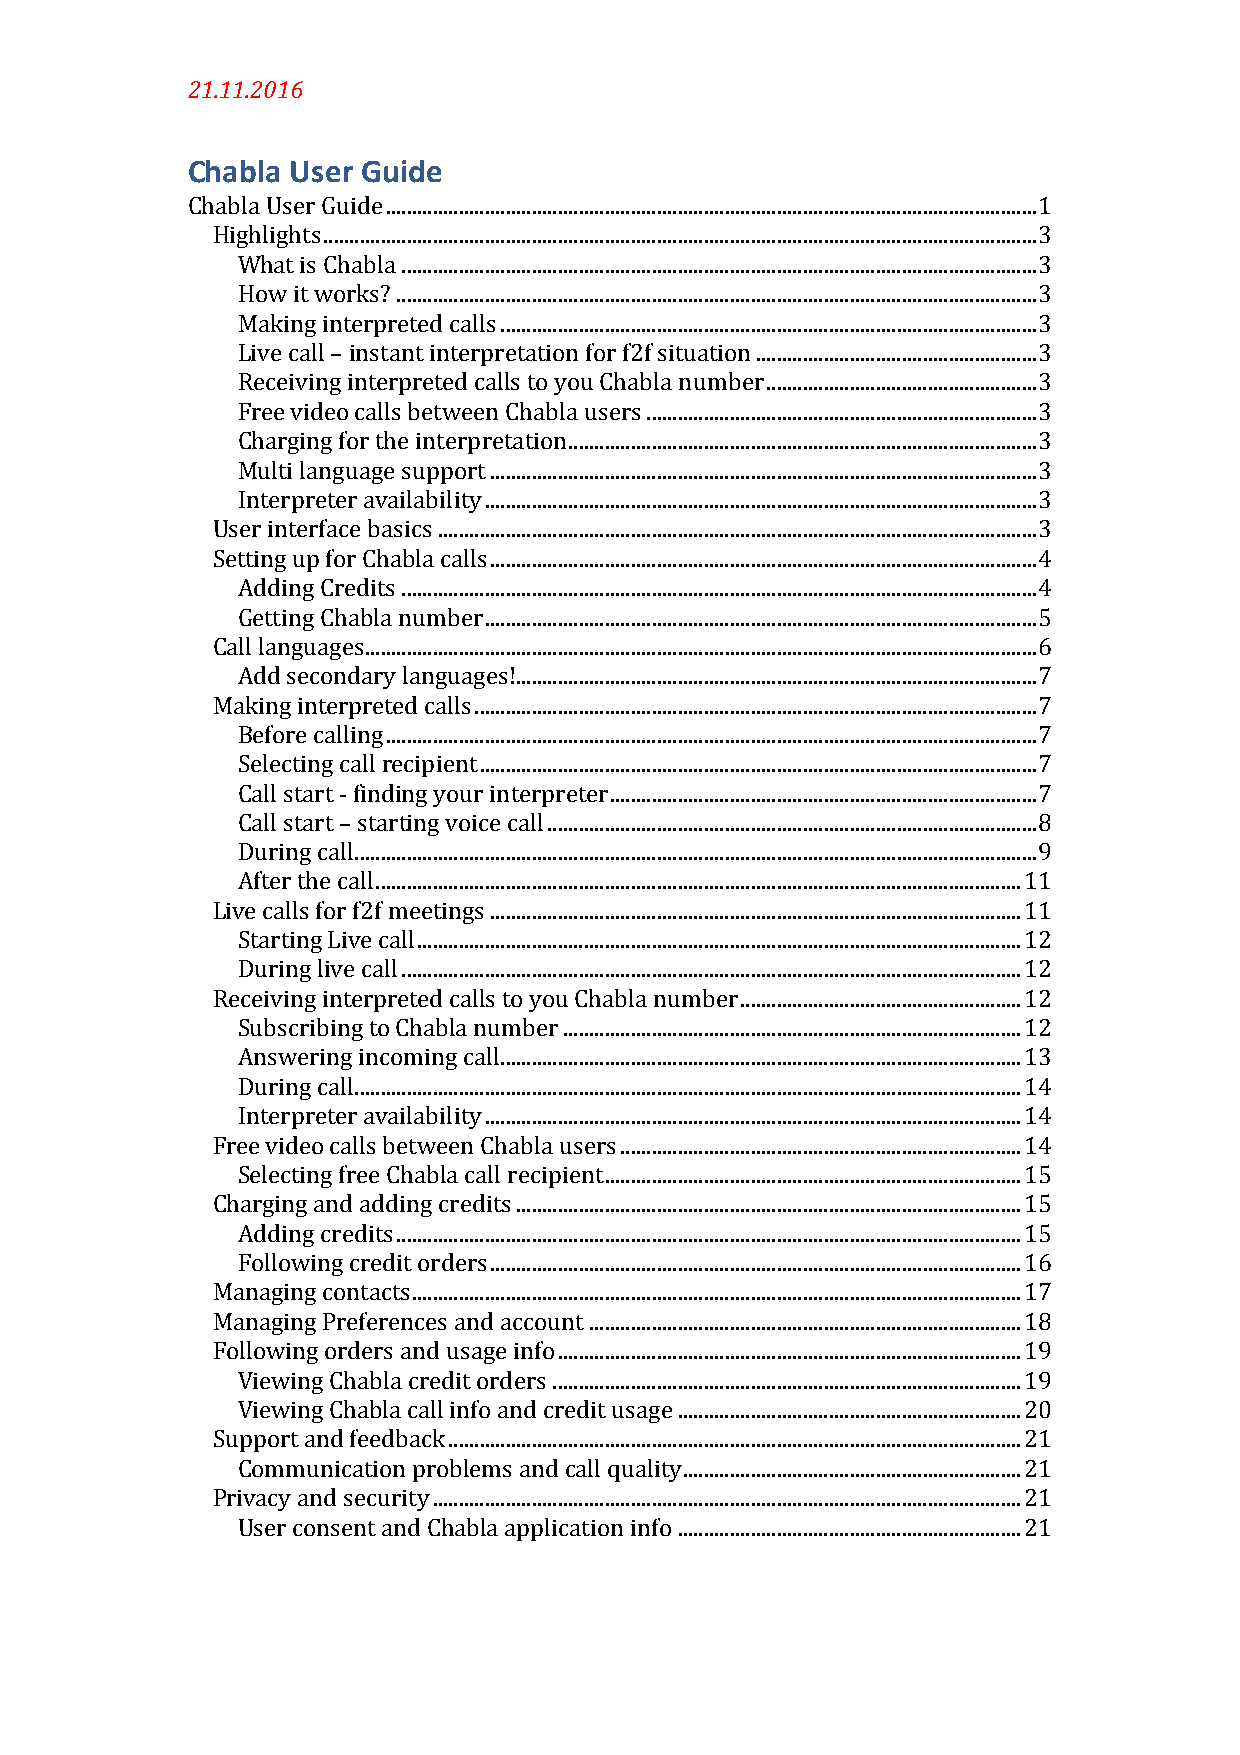
21.11.2016
 Chabla User Guide
 Chabla User Guide ............................................................................................................................. 1
 Highlights ......................................................................................................................................... 3
 What is Chabla .......................................................................................................................... 3
 How it works? ........................................................................................................................... 3
 Making interpreted calls ....................................................................................................... 3
 Live call – instant interpretation for f2f situation ...................................................... 3
 Receiving interpreted calls to you Chabla number .................................................... 3
 Free video calls between Chabla users ........................................................................... 3
 Charging for the interpretation .......................................................................................... 3
 Multi language support ......................................................................................................... 3
 Interpreter availability .......................................................................................................... 3
 User interface basics ................................................................................................................... 3
 Setting up for Chabla calls ......................................................................................................... 4
 Adding Credits .......................................................................................................................... 4
 Getting Chabla number .......................................................................................................... 5
 Call languages................................................................................................................................. 6
 Add secondary languages!.................................................................................................... 7
 Making interpreted calls ............................................................................................................ 7
 Before calling ............................................................................................................................. 7
 Selecting call recipient ........................................................................................................... 7
 Call start - finding your interpreter .................................................................................. 7
 Call start – starting voice call .............................................................................................. 8
 During call ................................................................................................................................... 9
 After the call ............................................................................................................................ 11
 Live calls for f2f meetings ...................................................................................................... 11
 Starting Live call .................................................................................................................... 12
 During live call ....................................................................................................................... 12
 Receiving interpreted calls to you Chabla number ...................................................... 12
 Subscribing to Chabla number ........................................................................................ 12
 Answering incoming call.................................................................................................... 13
 During call ................................................................................................................................ 14
 Interpreter availability ....................................................................................................... 14
 Free video calls between Chabla users ............................................................................. 14
 Selecting free Chabla call recipient ................................................................................ 15
 Charging and adding credits ................................................................................................. 15
 Adding credits ........................................................................................................................ 15
 Following credit orders ...................................................................................................... 16
 Managing contacts..................................................................................................................... 17
 Managing Preferences and account ................................................................................... 18
 Following orders and usage info ......................................................................................... 19
 Viewing Chabla credit orders .......................................................................................... 19
 Viewing Chabla call info and credit usage .................................................................. 20
 Support and feedback .............................................................................................................. 21
 Communication problems and call quality................................................................. 21
 Privacy and security ................................................................................................................. 21
 User consent and Chabla application info .................................................................. 21